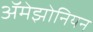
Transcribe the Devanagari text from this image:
ॲमेझोनियन